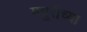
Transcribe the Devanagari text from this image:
मग्रुरीच्या